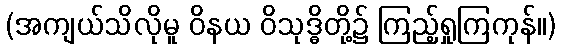
(အကျယ်သိလိုမူ ဝိနယ ဝိသုဒ္ဓိတို့၌ ကြည့်ရှုကြကုန်။)